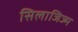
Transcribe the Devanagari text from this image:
सिलाजिज्म